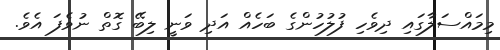
މިމައްސަލާގައި ދިވެހި ފުލުހުންގެ ބަހެއް އަދި ވަނީ ލިބޭ ގޮތް ނުވެފަ އެވެ.